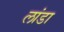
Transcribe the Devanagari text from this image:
लांडा